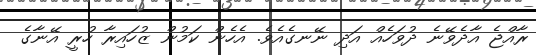
ރާއްޖެ އާދެވޭނެ ދުވަހެއް އަދި ނޭނގެއެވެ. އެހެން ކަމުން ޒުހައިރާ ހުރީ އޭނާގެ